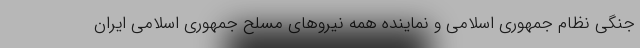
جنگی نظام جمهوری اسلامی و نماینده همه نیروهای مسلح جمهوری اسلامی ایران